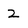
Character: 2